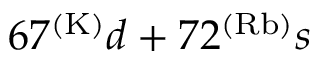
6 7 ^ { ( \mathrm { K ) } } d + 7 2 ^ { ( \mathrm { R b ) } } s